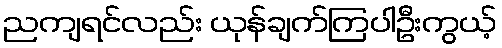
ညကျရင်လည်း ယုန်ချက်ကြပါဦးကွယ့်